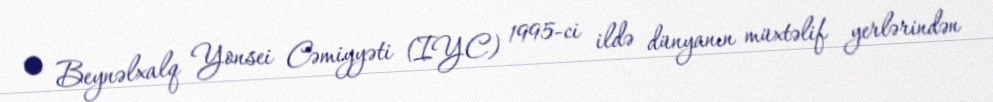
• Beynəlxalq Yonsei Cəmiyyəti (IYC) 1995-ci ildə dünyanın müxtəlif yerlərindən